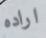
اراده